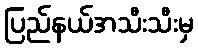
ပြည်နယ်အသီးသီးမှ